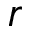
r